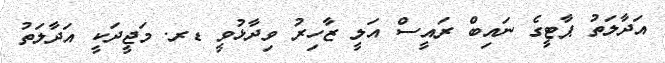
އަދާލަތު ޕާޓީގެ ނައިބް ރައީސް އަލީ ޒާހިރު ވިދާޅުވީ ޑރ. މަޖީދަކީ އަދާލަތު